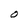
Character: O